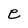
Character: e